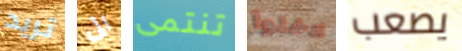
تريد الى تنتمى ادخلوا يصعب